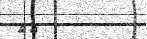
٧٤